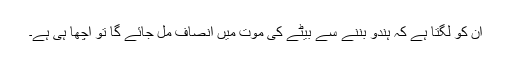
ان کو لگتا ہے کہ ہندو بننے سے بیٹے کی موت میں انصاف مل جائے گا تو اچھا ہی ہے۔